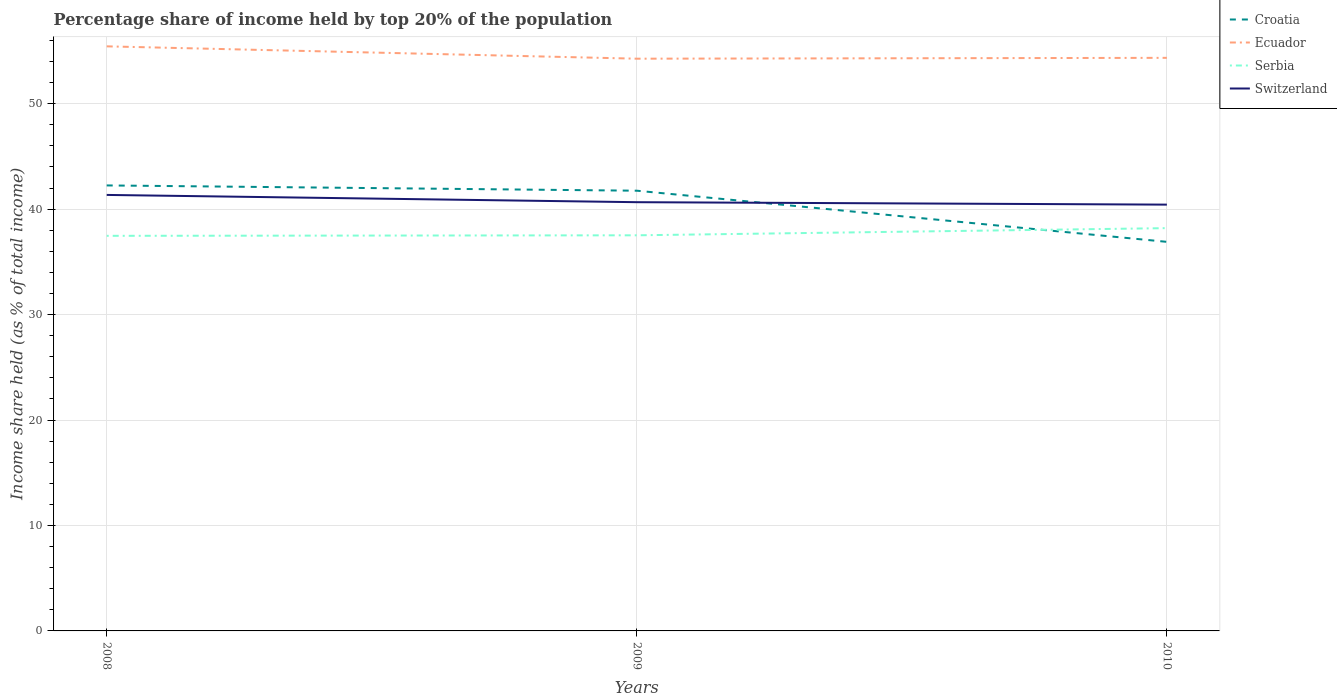
| Years | Croatia | Ecuador | Serbia | Switzerland |
 | --- | --- | --- | --- | --- |
 | 2008 | 42.2 | 55.4 | 37.5 | 41.4 |
 | 2009 | 41.8 | 54.3 | 37.5 | 40.7 |
 | 2010 | 36.9 | 54.4 | 38.2 | 40.4 |